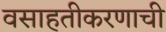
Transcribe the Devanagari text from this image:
वसाहतीकरणाची